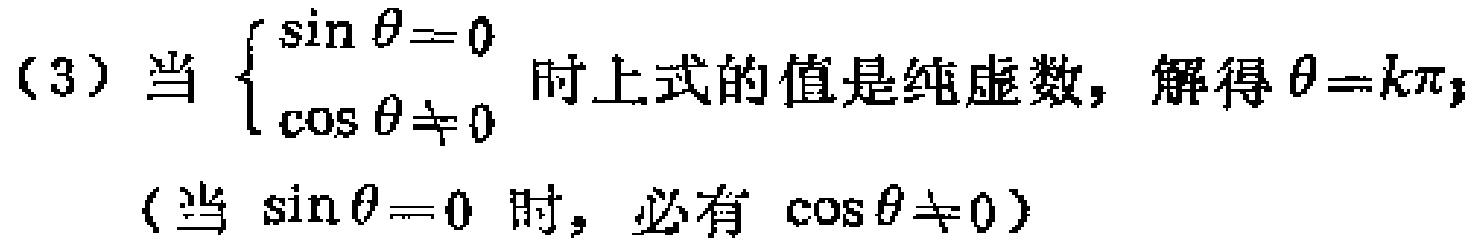
（3）当$\begin{cases}
\sin\theta = 0 \\
\cos\theta\neq 0
\end{cases}$时上式的值是纯虚数，解得$\theta = k\pi$；
（当$\sin\theta = 0$时，必有$\cos\theta\neq 0$）